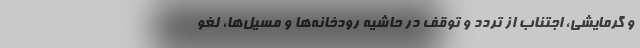
و گرمایشی، اجتناب از تردد و توقف در حاشیه رودخانه‌ها و مسیل‌ها، لغو